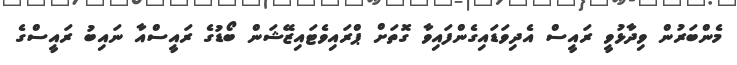
މެންބަރުން ވިދާޅުވީ ރައީސް އެދިވަޑައިގެންފައިވާ ގޮތަށް ޕްރައިވެޓައިޒޭޝަން ބޯޑުގެ ރައީސްއާ ނައިބު ރައީސްގެ